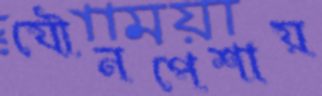
যৌনপেশায়